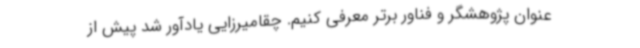
عنوان پژوهشگر و فناور برتر معرفی کنیم. چقامیرزایی یادآور شد پیش از